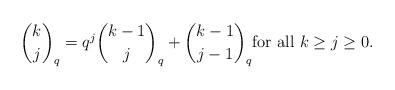
LaTeX: \begin{align*}{k\choose j}_q=q^j {k-1\choose j}_q+{k-1\choose j-1}_q \mbox{for all $k\geq j\geq 0$.}\end{align*}